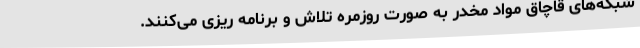
شبکه‌های قاچاق مواد مخدر به صورت روزمره تلاش و برنامه‌ ریزی می‌کنند.